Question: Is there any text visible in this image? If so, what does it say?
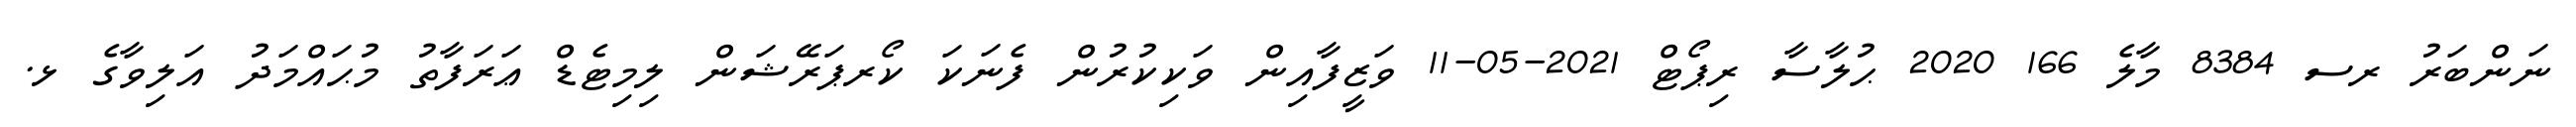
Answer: ނަންބަރު ރސ 8384 މާލެ 166 2020 ޙުލާސާ ރިޕޯޓް 2021-05-11 ވަޒީފާއިން ވަކިކުރުން ފެނަކަ ކޯރޕަރޭޝަން ލިމިޓެޑް ޢަރަފާތު މުޙައްމަދު އަލިވާގެ ޅ.